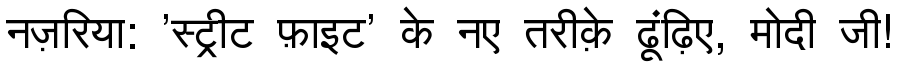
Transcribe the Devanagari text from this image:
नज़रिया: 'स्ट्रीट फ़ाइट' के नए तरीक़े ढूंढ़िए, मोदी जी!